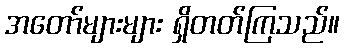
အတော်များများ ရှိတတ်ကြသည်။